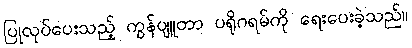
ပြုလုပ်ပေးသည့် ကွန်ပျူတာ ပရိုဂရမ်ကို ရေးပေးခဲ့သည်။